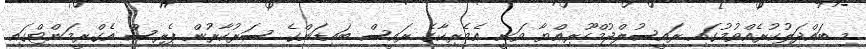
މި ބައްދަލުކުރެއްވުމުގައި ރައީސުލްޖުމްހޫރިއްޔާ ވަނީ އެމެރިކާގެ ރައީސް ބައިޑަންގެ ސަރުކާރުން ޕެރިސް އެގްރީމަންޓްގައި